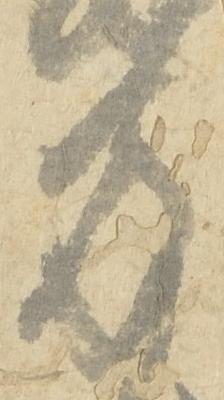
方